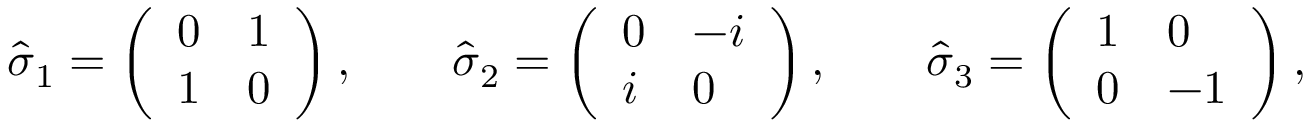
{ \widehat { \boldsymbol { \sigma } } } _ { 1 } = \left( \begin{array} { l l } { 0 } & { 1 } \\ { 1 } & { 0 } \end{array} \right) , \qquad { \widehat { \boldsymbol { \sigma } } } _ { 2 } = \left( \begin{array} { l l } { 0 } & { - i } \\ { i } & { 0 } \end{array} \right) , \qquad { \widehat { \boldsymbol { \sigma } } } _ { 3 } = \left( \begin{array} { l l } { 1 } & { 0 } \\ { 0 } & { - 1 } \end{array} \right) ,